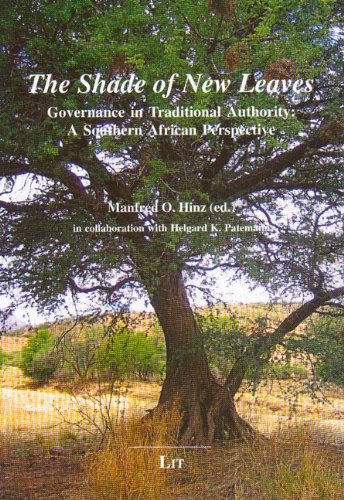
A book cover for The Shade of New Leaves: Governance in Traditional Authority. A Southern African Perspective (African Studies / Afrikanische Studien); Law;